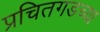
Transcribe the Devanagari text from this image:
प्रचितगडच्या